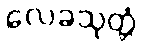
လေခသုတ္တံ